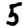
Digit: 5